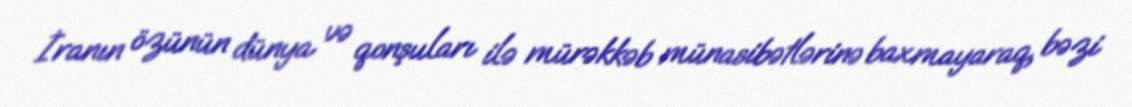
İranın özünün dünya və qonşuları ilə mürəkkəb münasibətlərinə baxmayaraq, bəzi